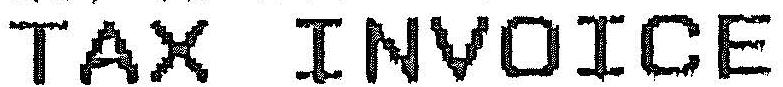
TAX INVOICE